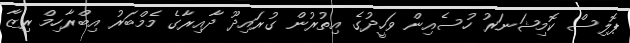
ޕޮލިސް ކޮމިޝަނަރު ހުސެއިން ވަހީދުގެ އިތުރުން ގުރައިދޫ ދާއިރާގެ މެމްބަރު އިބްރާހިމް ރިޒާ